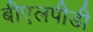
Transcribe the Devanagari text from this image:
बीएलपीडी